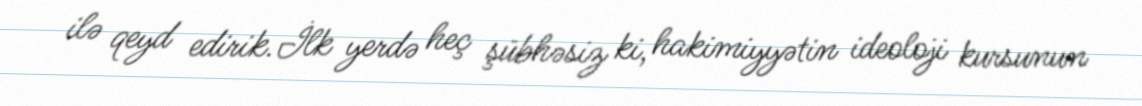
ilə qeyd edirik.İlk yerdə heç şübhəsiz ki, hakimiyyətin ideoloji kursunun